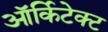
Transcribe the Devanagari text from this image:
ऑर्किटेक्ट